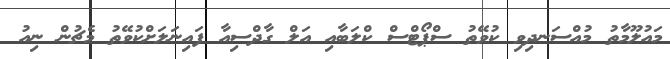
މައުލޫމާތު މުއްސަނދިވި ކުވޭތު ސްޕޯޓްސް ކްލަބާއި އަލް ގާދްސިއާ ފައިނަލަށްކުވޭތު މެޗުން ނިއު